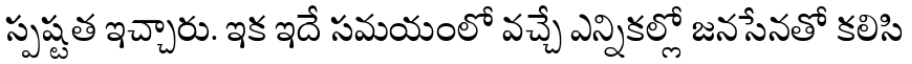
స్పష్టత ఇచ్చారు. ఇక ఇదే సమయంలో వచ్చే ఎన్నికల్లో జనసేనతో కలిసి